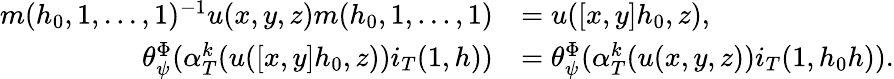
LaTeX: \begin{array}{rl}{m(h_{0},1,...,1)^{-1}u(x,y,z)m(h_{0},1,...,1)}&{=u([x,y]h_{0},z),}\\ {\theta_{\psi}^{\Phi}(\alpha_{T}^{k}(u([x,y]h_{0},z))i_{T}(1,h))}&{=\theta_{\psi}^{\Phi}(\alpha_{T}^{k}(u(x,y,z))i_{T}(1,h_{0}h)).}\end{array}